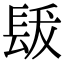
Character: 𨱳